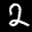
Label: 2